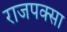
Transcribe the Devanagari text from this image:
राजपक्सा